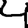
Digit: 4